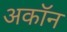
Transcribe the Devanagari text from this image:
अकॉन